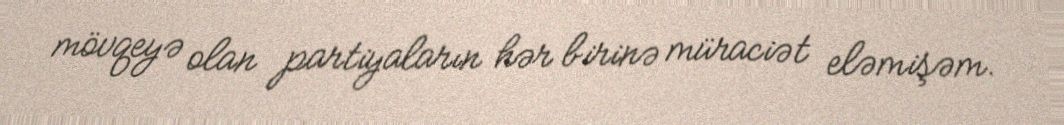
mövqeyə olan partiyaların hər birinə müraciət eləmişəm.